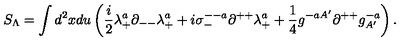
S _ { \Lambda } = \int d ^ { 2 } x d u \left( { \frac { i } { 2 } } \lambda _ { + } ^ { a } \partial _ { -- } \lambda _ { + } ^ { a } + i \sigma _ { - } ^ { -- a } \partial ^ { + + } \lambda _ { + } ^ { a } + { \frac { 1 } { 4 } } g ^ { - a A ^ { \prime } } \partial ^ { + + } g _ { A ^ { \prime } } ^ { - a } \right) .